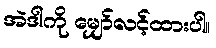
အဲဒါကို မျှော်လင့်ထားပါ။